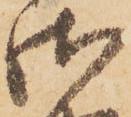
御